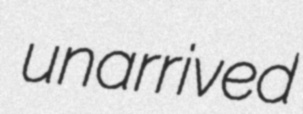
unarrived